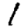
Digit: 1